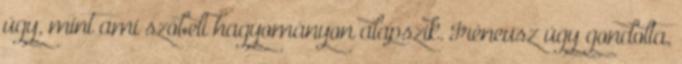
úgy, mint ami szóbeli hagyományon alapszik. Iréneusz úgy gondolta,